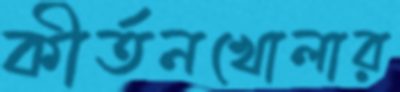
কীর্তনখোলার